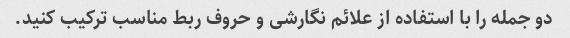
دو جمله را با استفاده از علائم نگارشی و حروف ربط مناسب ترکیب کنید.